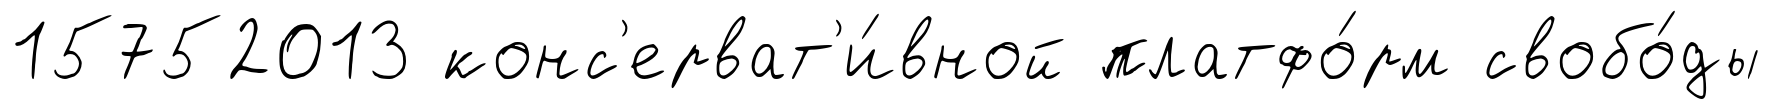
15752013 конс'ерват'и́вной платфо́рм свобо́ды